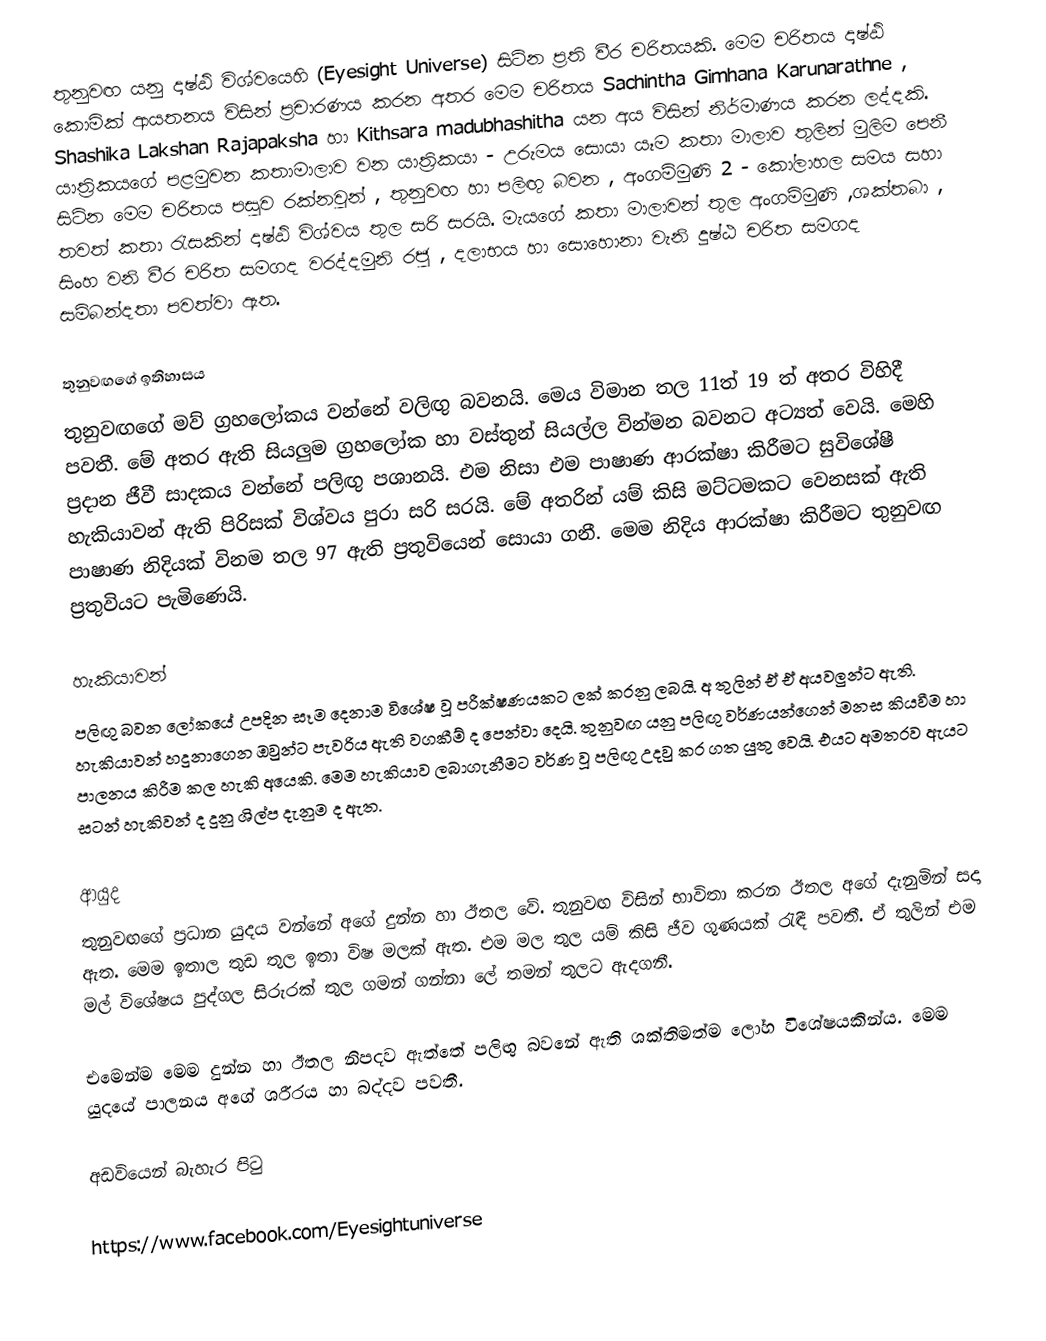
තුනුවඟ යනු දෘෂ්ඨි විශ්වයෙහි (Eyesight Universe) සිටින ප්‍රති වීර චරිතයකි. මෙම චරිතය දෘෂ්ඨි කොමික්  ආයතනය විසින් ප්‍රචාරණය කරන අතර මෙම චරිතය Sachintha Gimhana Karunarathne , Shashika Lakshan Rajapaksha හා Kithsara madubhashitha යන අය විසින් නිර්මාණය කරන ලද්දකි. යාත්‍රිකයගේ  පළමුවන කතාමාලාව වන යාත්‍රිකයා - උරුමය සොයා යෑම කතා මාලාව තුලින් මුලිම පෙනී සිටින මෙම චරිතය පසුව රක්නවුන් , තුනුවඟ හා පලිඟු බවන , අංගම්මුණි 2 -  කෝලාහල සමය සහා තවත් කතා රැසකින් දෘෂ්ඨි විශ්වය තුල සරි සරයි. මැයගේ කතා මාලාවන් තුල අංගම්මුණි  ,ශක්තබා , සිංහ  වනි වීර චරිත සමගද වරද්දමුනි රජු , දලාභය  හා සොහොනා වැනි දුෂ්ඨ චරිත සමගද සම්බන්දතා පවත්වා ඇත.

තුනුවඟගේ ඉතිහාසය
තුනුවඟගේ මව් ග්‍රහලෝකය වන්නේ වලිඟු බවනයි. මෙය විමාන තල 11ත් 19 ත් අතර විහිදී පවතී. මේ අතර ඇති සියලුම ග්‍රහලෝක හා වස්තුන් සියල්ල වින්මන බවනට අට්‍යත් වෙයි. මෙහි ප්‍රදාන ජීවී සාදකය වන්නේ පලිඟු පශානයි.  එම නිසා එම පාෂාණ ආරක්ෂා කිරීමට සුවිශේෂී හැකියාවන් ඇති පිරිසක් විශ්වය පුරා සරි සරයි. මේ අතරින් යම් කිසි මට්ටමකට වෙනසක් ඇති පාෂාණ නිදියක් විනම තල 97 ඇති ප්‍රතුවියෙන් සොයා ගනී. මෙම නිදිය ආරක්ෂා කිරීමට තුනුවඟ ප්‍රතුවියට පැමිණෙයි.

හැකියාවන්
පලිඟු බවන ලෝකයේ උපදින සෑම දෙනාම විශේෂ වූ පරීක්ෂණයකට ලක් කරනු ලබයි. අ තුලින් ඒ ඒ අයවලුන්ට ඇති. හැකියාවන් හදුනාගෙන ඔවුන්ට පැවරිය ඇති වගකීම් ද පෙන්වා දෙයි. තුනුවඟ යනු පලිඟු වර්ණයන්ගෙන් මනස කියවීම හා පාලනය කිරීම කල හැකි අයෙකි. මෙම හැකියාව ලබාගැනීමට වර්ණ වූ පලිඟු උදවු කර ගත යුතු වෙයි. එයට අමතරව ඇයට සටන් හැකිවන් ද දුනු ශිල්ප දැනුම ද  ඇත.

ආයුද
තුනුවඟගේ ප්‍රධාන යුදය වන්නේ අගේ දුන්න හා ඊතල වේ. තුනුවඟ විසින් භාවිතා කරන ඊතල අගේ දැනුමින් සදා ඇත. මෙම ඉතාල තුඩ තුල ඉතා විෂ මලක් ඇත. එම මල තුල යම් කිසි ජීව ගුණයක් රැඳී පවතී. ඒ තුලින් එම මල් විශේෂය පුද්ගල සිරුරක් තුල ගමන් ගන්නා ලේ තමන් තුලට ඇදගනී.

එමෙන්ම මෙම දුන්න හා ඊතල නිපදව ඇත්තේ පලිඟු බවනේ ඇති ශක්තිමත්ම ලෝහ විශේෂයකින්ය. මෙම යුදයේ පාලනය අගේ ශරීරය හා බද්දව පවතී.

අඩවියෙන් බැහැර පිටු

 https://www.facebook.com/Eyesightuniverse